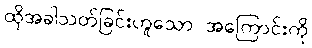
ထိုအခါသတ်ခြင်းဟူသော အကြောင်းကို